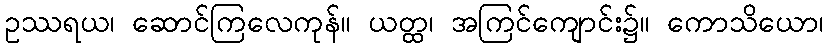
ဥဿရယ၊ ဆောင်ကြလေကုန်။ ယတ္ထ၊ အကြင်ကျောင်း၌။ ကောသိယော၊